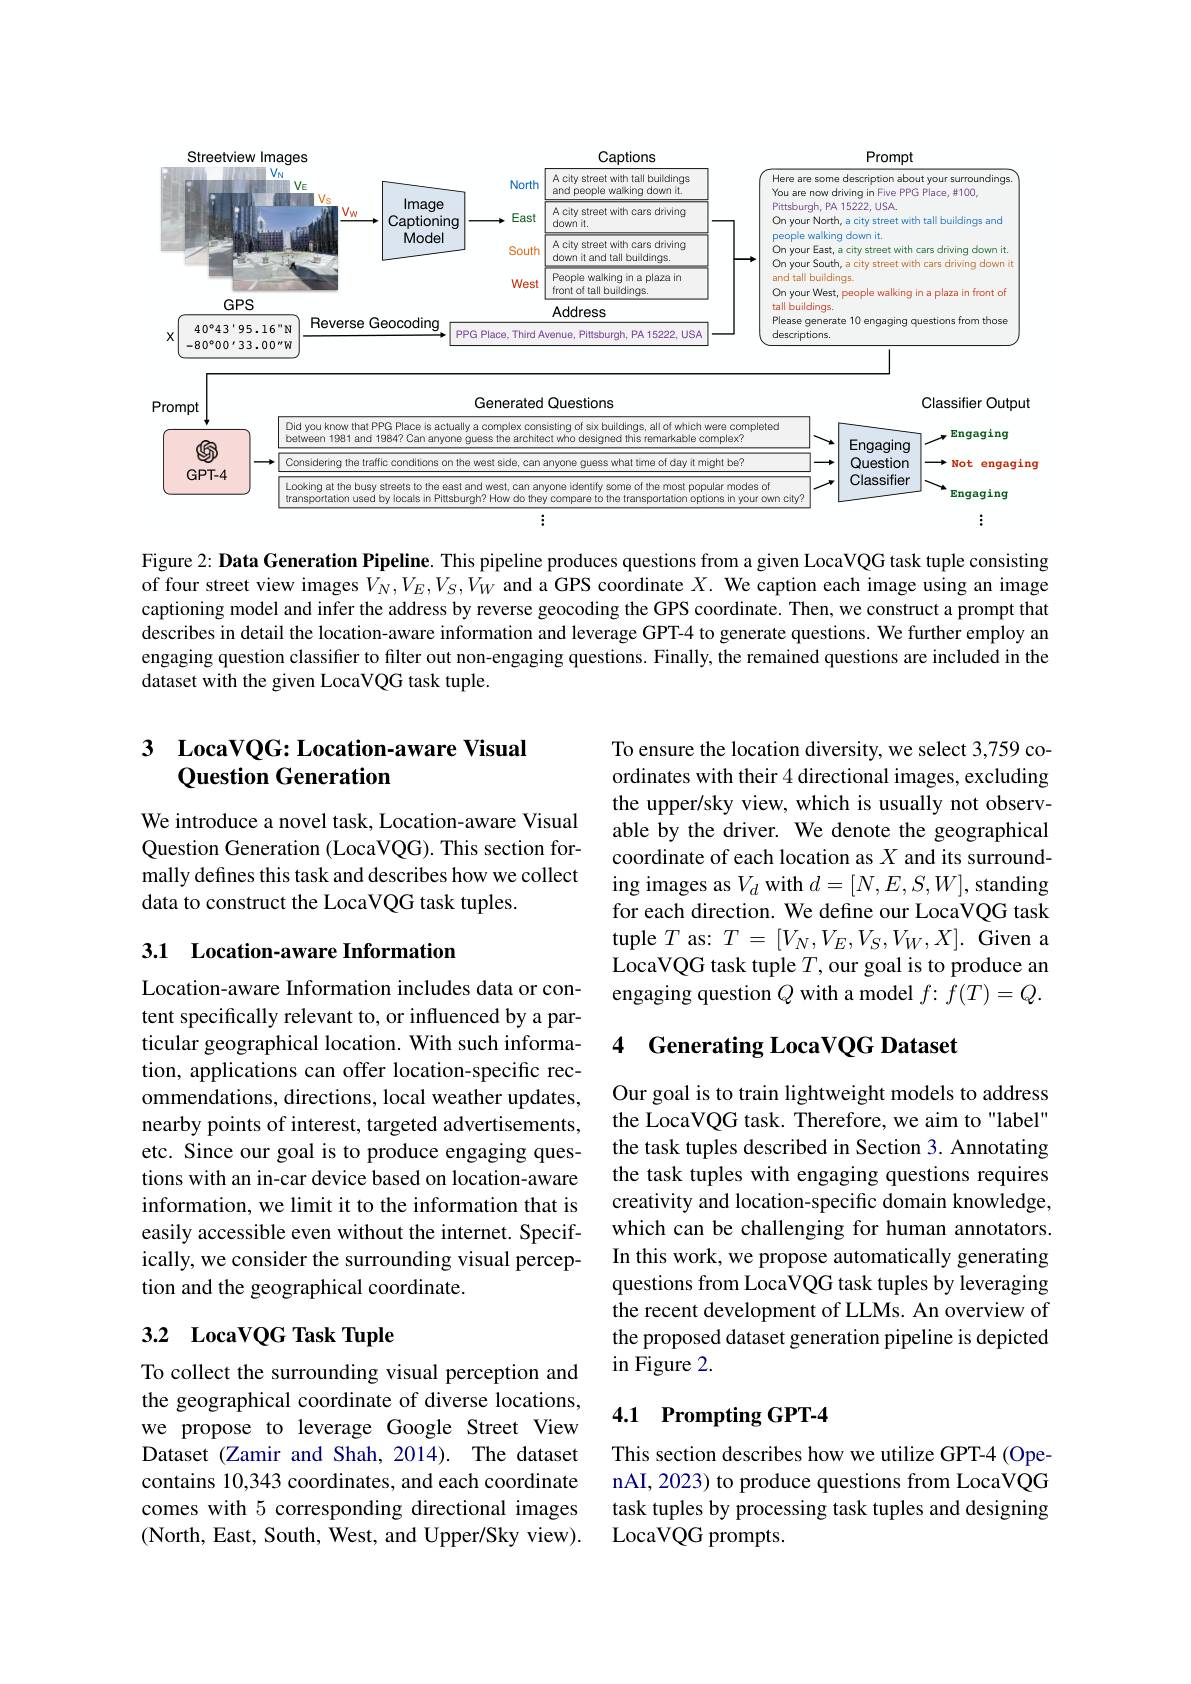
<FigureHere>

Figure 2: Data Generation Pipeline. This pipeline produces questions from a given LocaVQG task tuple consisting of four street view images $V_N,V_E,V_S,V_W$ and a GPS coordinate $X.$ We caption each image using an image captioning model and infer the address by reverse geocoding the GPS coordinate. Then, we construct a prompt that describes in detail the location-aware information and leverage GPT-4 to generate questions. We further employ an engaging question classifier to filter out non-engaging questions. Finally, the remained questions are included in the dataset with the given LocaVQG task tuple.

## 3 LocaVQG: Location-aware Visual Question Generation

We introduce a novel task, Location-aware Visual Question Generation (LocaVQG). This section formally defines this task and describes how we collect data to construct the LocaVQG task tuples.

To ensure the location diversity, we select 3,759 coordinates with their 4 directional images, excluding the upper/sky view, which is usually not observable by the driver. We denote the geographical coordinate of each location as $X$ and its surrounding images as $V_d$ with $d=[N,E,S,W]$, standing for each direction. We define our LocaVQG task tuple $T$ as: $T=[V_N,V_E,V_S,V_W,X].$ Given a LocaVQG task tuple $T$, our goal is to produce an engaging question $Q$ with a model $f\colon f(T)=Q.$

3.1 Location-aware Information

### 4 Generating LocaVQG Dataset

Location-aware Information includes data or content specifically relevant to, or influenced by a particular geographical location. With such information, applications can offer location-specific recommendations, directions, local weather updates, nearby points of interest, targeted advertisements, etc. Since our goal is to produce engaging questions with an in-car device based on location-aware information, we limit it to the information that is easily accessible even without the internet. Specifically, we consider the surrounding visual perception and the geographical coordinate.

Our goal is to train lightweight models to address the LocaVQG task. Therefore, we aim to "label" the task tuples described in Section 3. Annotating the task tuples with engaging questions requires creativity and location-specific domain knowledge, which can be challenging for human annotators. In this work, we propose automatically generating questions from LocaVQG task tuples by leveraging the recent development of LLMs. An overview of the proposed dataset generation pipeline is depicted in Figure 2.

## 3.2 LocaVQG Task Tuple

### 4.1 Prompting GPT-4

To collect the surrounding visual perception and the geographical coordinate of diverse locations, we propose to leverage Google Street View Dataset (Zamir and Shah, 2014). The dataset contains 10,343 coordinates, and each coordinate comes with 5 corresponding directional images (North, East, South, West, and Upper/Sky view).

This section describes how we utilize GPT-4 (OpenAI, 2023) to produce questions from LocaVQG task tuples by processing task tuples and designing LocaVQG prompts.